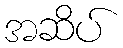
အဆိပ်